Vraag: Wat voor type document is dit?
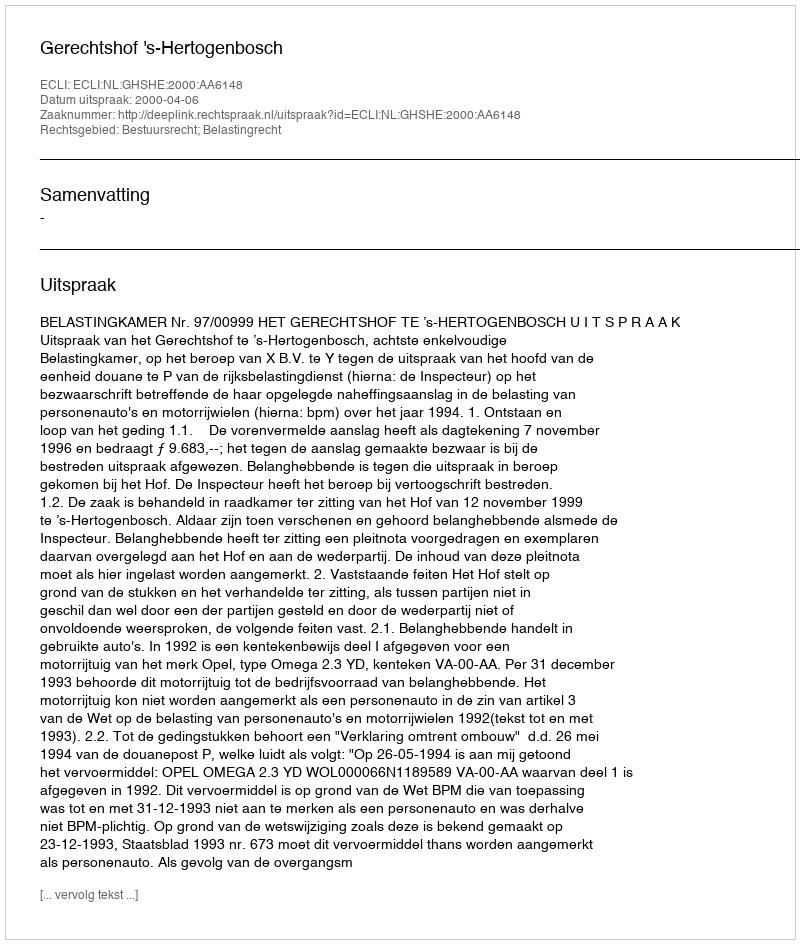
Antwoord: Uitspraak